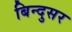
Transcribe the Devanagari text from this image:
बिन्दुसर